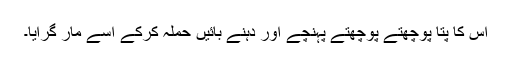
اس کا پتا پوچھتے پوچھتے پہنچے اور دہنے بائیں حملہ کرکے اسے مار گرایا۔